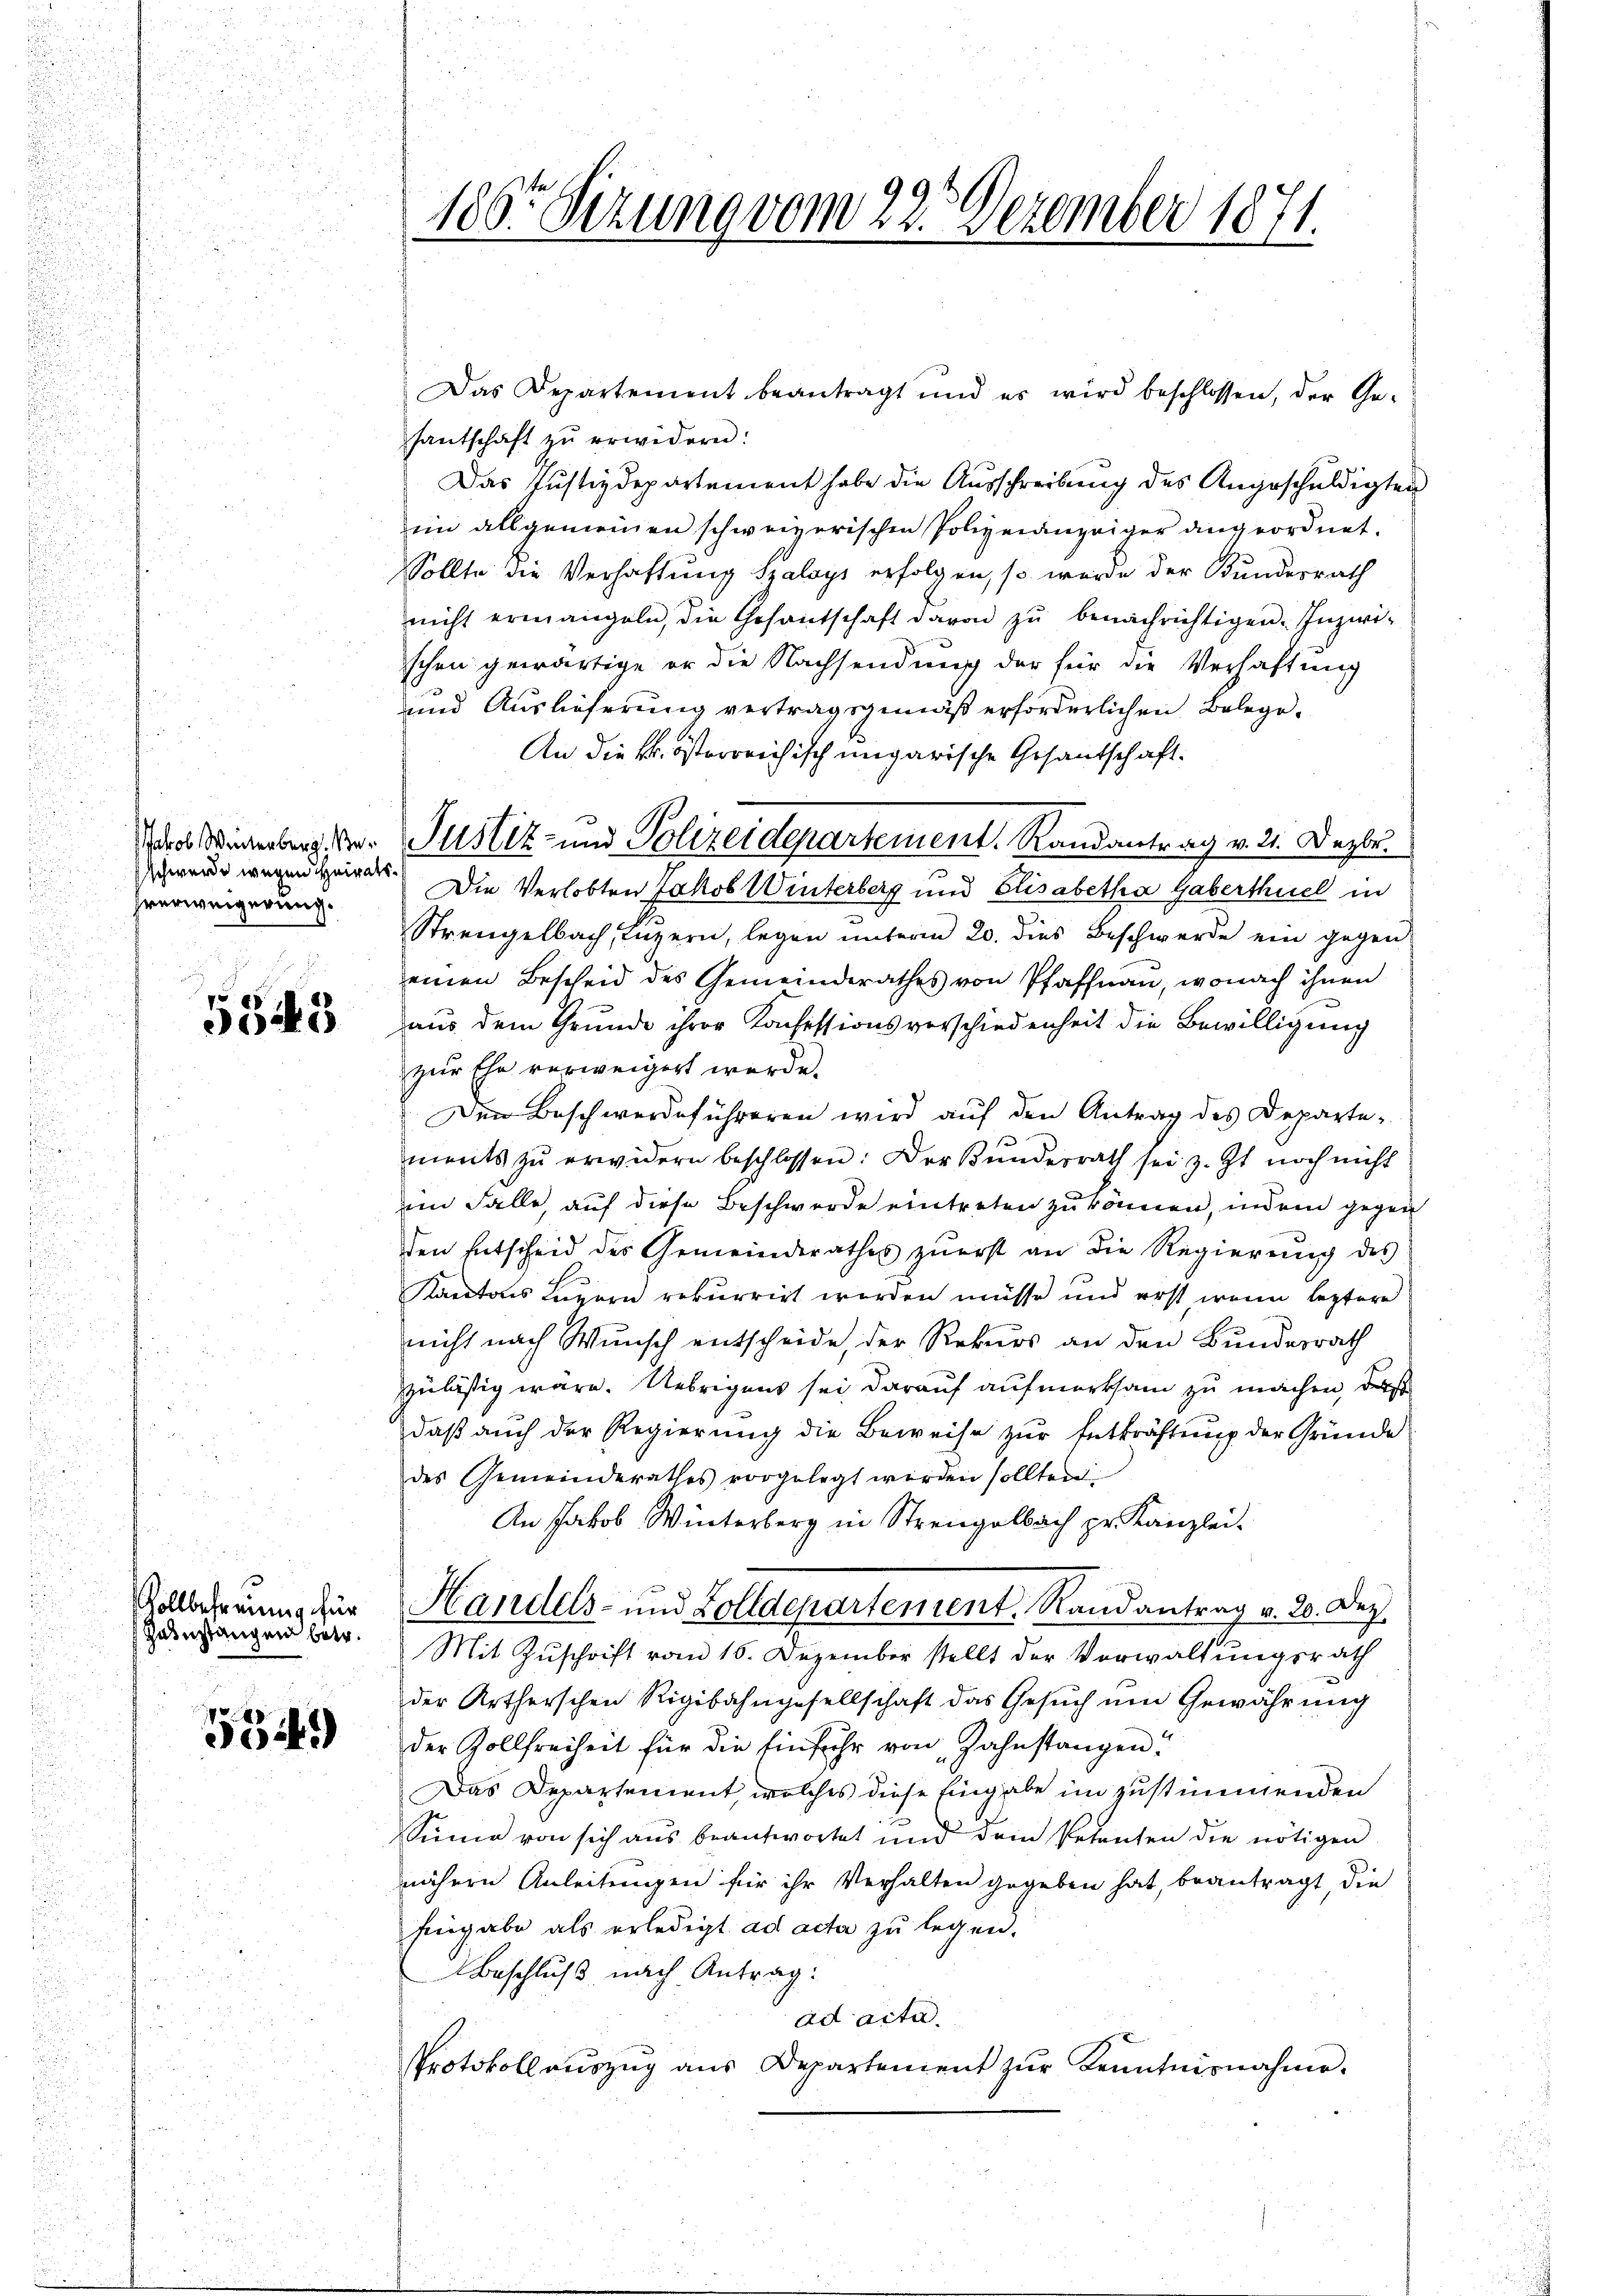
schwerde wegen Heiratshrerweigerung.

5543

Vollbefreung für
zanstangen betr.

534.

186 Sizung vom 22. Dezember 1871.

dder Winterberg - Pustiz- und Polizeidepartement. Randantrag v. 21. Dezbr.

Das Departement beantragt und es wird beschlossen, der Ge-
santschaft zŭ erwidern:
Das Justizdepartement habe die Ausschreibung des Angeschuldigten
im allgemeinen schweizerischen Polizeianzeiger angeordnet.
Sollte die Verhaftung Szaloys erfolgen, so wurde der Bundesrath
nicht ermangeln, die Gesantschaft davon zŭ benachrichtigen. Inzwi-
schen gewärtige er die Nachsendung der für die Verhaftung
und Auslieferung vertragsgemäß erforderlichen Belege¬
An die k. österreichisch ungarische Gesandschaft.
Die Verlobten Jakob Winterberg und Elisabetha Gaberthuel in
e
Strengelbach, Luzern, legen ŭnterm 20. dies Beschwerde ein gegen
einen Bescheid des Gemeinderathes von Pfaffnau, wonach ihnen
aus dem Grunde ihrer Kachessionsverschiedenheit die Bewilligung
zur Ehe verweigert werde.
Den Beschwerdeführeren wird auf den Antrag des Departe-
ments zŭ erwidern beschlossen: Der Bŭndesrath sei z. Zt. noch nicht
im Falle, auf diese Beschwerde eintreten zu können, indem gegen
den Entscheid der Gemeinderathes zŭerst an die Regierŭng des
Kantons Luzern rekurrirt werden müsse und erst, wenn leztere
nicht nach Wunsch entscheide, der Rekurs an den Bundesrath
zulässig wäre. Uebrigens sei darauf aufmerksam zu machen, daß
daß auch der Regierung die Beweise zur Entkräftung der Gründe
des Gemeinderathes vorgelegt werden sollten.
An Jakob Winterberg in Strengelbach pr. Kanzlei-
Handels- und Zolldepartement. Randantrag v. 20. Dez.
Mit Zuschrift vom 15. Dezember stellt der Verwaltungsrath
der Artheischen Rigibahngesellschaft das Gesuch um Gewährung
der Zollfreiheit für die Einfuhr von Zahnstangen?
Das Departement, welches diese Eingabe im zustimmenden
Summe von sich aus beantwortet und dem Petenten die nötigen
nähern Anleitungen für ihr Verhalten gegeben hat, beantragt, die
Eingabe als erledigt ad acta zu legen.
Beschluß nach Antrag:
ad acta.
Protokoll aŭszŭg ans Departement zŭr Kenntnisnahme.